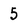
Character: 5